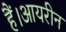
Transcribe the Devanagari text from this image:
हैं।आयरीन